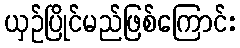
ယှဉ်ပြိုင်မည်ဖြစ်ကြောင်း